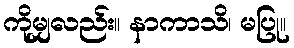
ကိုမျှလည်း။ နာကာသိ၊ မပြု။